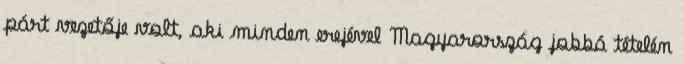
párt vezetője volt, aki minden erejével Magyarország jobbá tételén